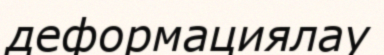
деформациялау